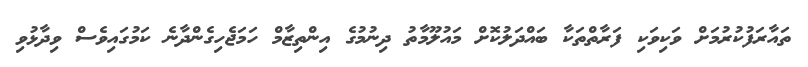
ތައާރަފުކުރުމަށް ވަކިވަކި ފަރާތްތަކާ ބައްދަލުކޮށް މައުލޫމާތު ދިނުމުގެ އިންތިޒާމް ހަމަޖެހިގެންދާނެ ކަމުގައިވެސް ވިދާޅުވި